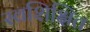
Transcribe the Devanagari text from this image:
स्वशिक्षित